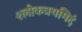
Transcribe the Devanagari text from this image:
श्लोकत्रयमिदं